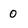
Character: 0